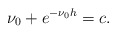
\begin{align*}\nu_{0}+e^{-\nu_{0}h}=c.\end{align*}